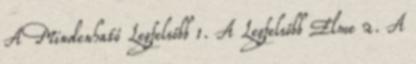
A Mindenható Legfelsőbb 1. A Legfelsőbb Elme 2. A